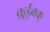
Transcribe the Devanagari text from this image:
क़ूईक्क्